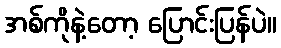
အစ်ကိုနဲ့တော့ ပြောင်းပြန်ပဲ။